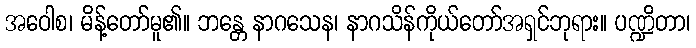
အဝေါစ၊ မိန့်တော်မူ၏။ ဘန္တေ နာဂသေန၊ နာဂသိန်ကိုယ်တော်အရှင်ဘုရား။ ပဏ္ဍိတာ၊